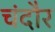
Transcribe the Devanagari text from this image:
चंदौर